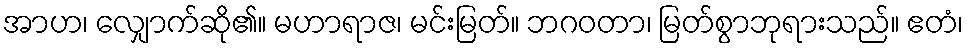
အာဟ၊ လျှောက်ဆို၏။ မဟာရာဇ၊ မင်းမြတ်။ ဘဂဝတာ၊ မြတ်စွာဘုရားသည်။ ဧတံ၊